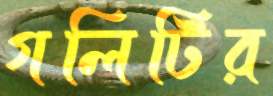
গলিটির